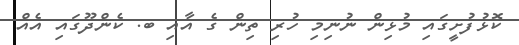
ކޮޅުފުށީގައި މުޅިން ނުނިމި ހުރި ތިން ގެ އާއި ބ. ކެންދޫގައި އެއް